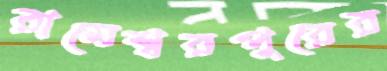
রামেশ্বরপুরের